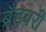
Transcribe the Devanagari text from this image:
ब्रँडबरी